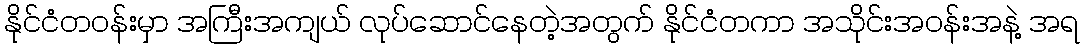
နိုင်ငံတဝန်းမှာ အကြီးအကျယ် လုပ်ဆောင်နေတဲ့အတွက် နိုင်ငံတကာ အသိုင်းအဝန်းအနဲ့ အရ